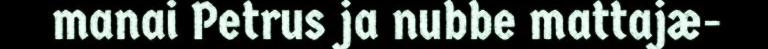
manai Petrus ja nubbe mattajæ-